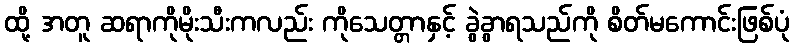
ထို့ အတူ ဆရာကိုမိုးသီးကလည်း ကိုသေတ္တာနှင့် ခွဲခွာရသည်ကို စိတ်မကောင်းဖြစ်ပုံ